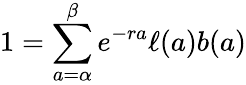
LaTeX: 1=\sum_{a=\alpha}^{\beta}e^{-ra}\ell(a)b(a)